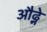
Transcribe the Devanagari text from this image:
औढ्ने